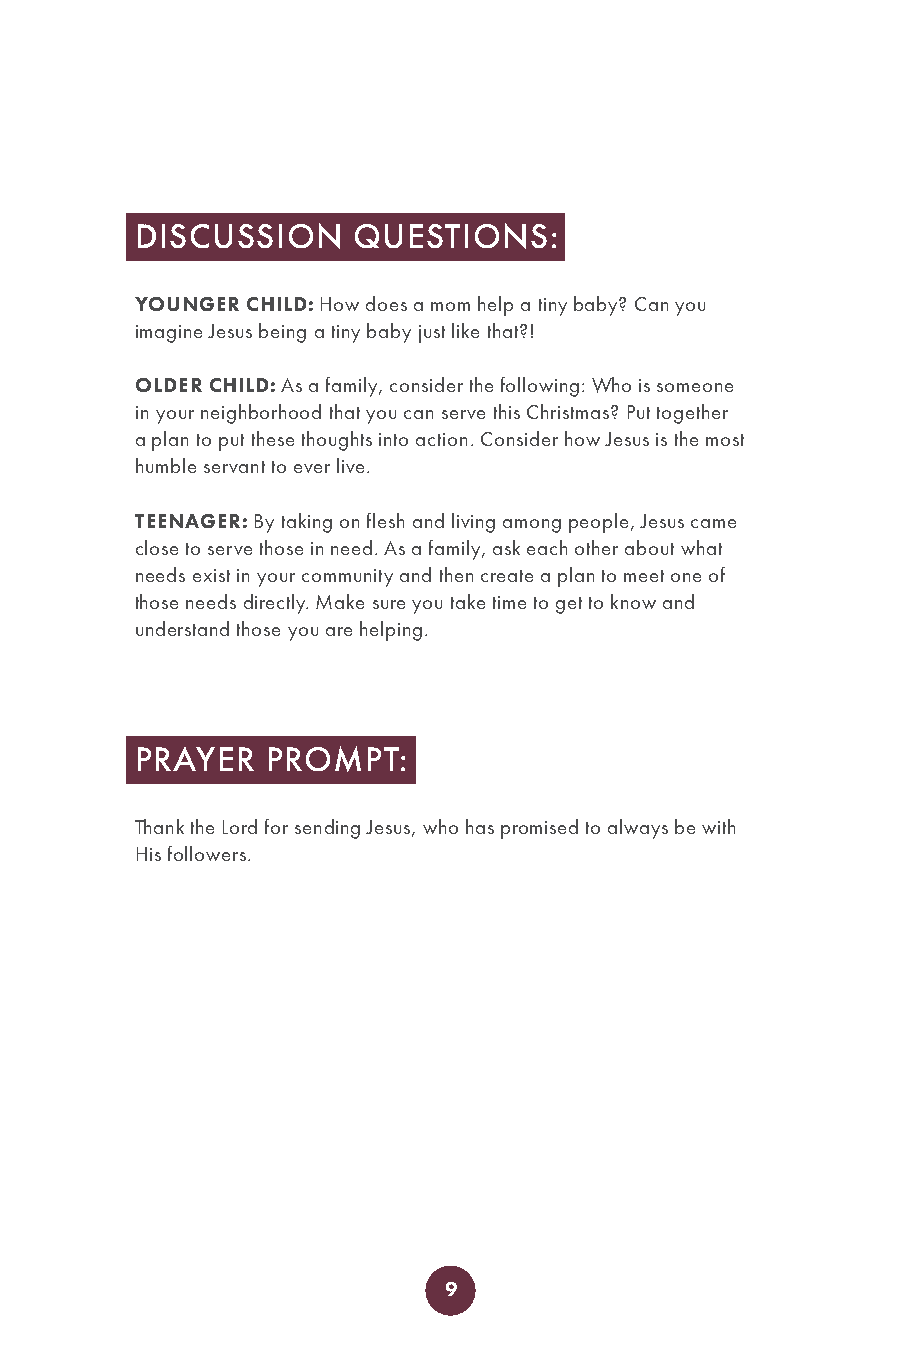
DISCUSSION    QUESTIONS:
 YOUNGER CHILD: How does a mom help a tiny baby? Can you
 imagine Jesus being a tiny baby just like that?!
 OLDER CHILD: As a family, consider the following: Who is someone
 in your neighborhood that you can serve this Christmas? Put together
 a plan to put these thoughts into action. Consider how Jesus is the most
 humble servant to ever live.
 TEENAGER: By taking on flesh and living among people, Jesus came
 close to serve those in need. As a family, ask each other about what
 needs exist in your community and then create a plan to meet one of
 those needs directly. Make sure you take time to get to know and
 understand those you are helping.
 PRAYER   PROMPT:
 Thank the Lord for sending Jesus, who has promised to always be with
 His followers.
 9